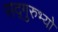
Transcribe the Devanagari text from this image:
सद्गुरुभ्यो